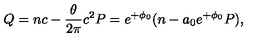
Q = n c - \frac { \theta } { 2 \pi } c ^ { 2 } P = e ^ { + \phi _ { 0 } } ( n - a _ { 0 } e ^ { + \phi _ { 0 } } P ) ,